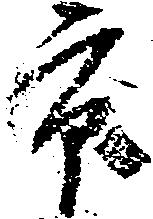
市